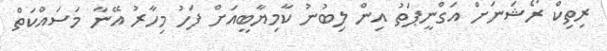
ރިތިކް ރޯޝަނަށް އަގްނީޕަތު އިން ލިބުނު ކާމިޔާބީއަށް ފަހު މިހާރު އޭނާ މަސައްކަތް